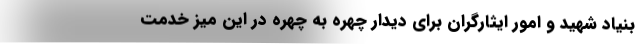
بنیاد شهید و امور ایثارگران برای دیدار چهره به چهره در این میز خدمت